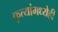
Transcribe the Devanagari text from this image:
कृत्यांमध्येही